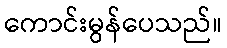
ကောင်းမွန်ပေသည်။